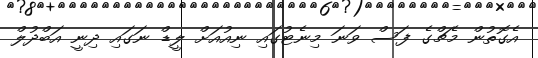
އެގޮތުން މެޗްގެ ފަސް ވަނަ މިނެޓުގައި ނިއުއަށް ލީޑް ނަގައި ދިނީ އަބްދުލް